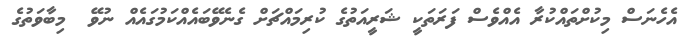
އެހެނަސް މިކުށްތައްކުރާ އެއްވެސް ފަރަތަކީ ޝަރީއަތުގެ ކުރިމައްޗަށް ގެނެވޭބައެއްކަމުގައެއް ނުވޭ  މިބާވަތުގެ